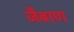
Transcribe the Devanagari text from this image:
जैबाण